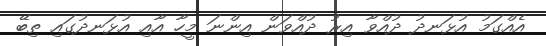
އެއްގަމު އުޅަނދު ދުއްވާ އިރު ދުއްވަން އިންނަ މީހާ އާއި އުޅަނދުގައި ތިބޭ